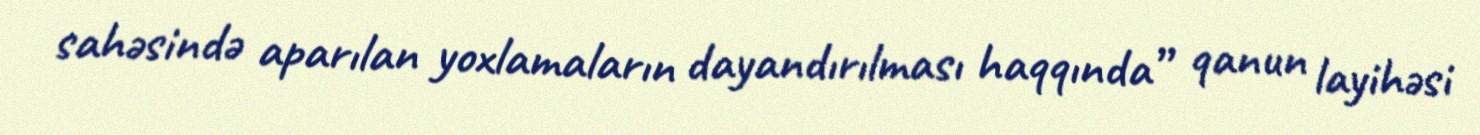
sahəsində aparılan yoxlamaların dayandırılması haqqında” qanun layihəsi